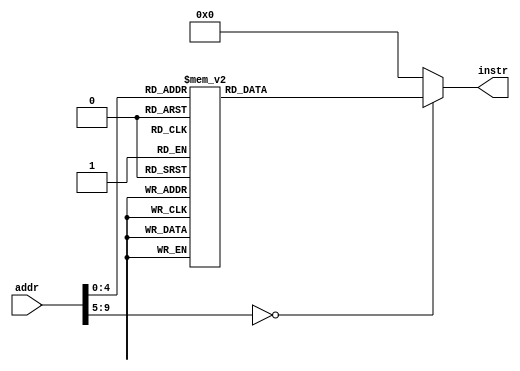
// this file is generated automatically
module Imem (
	input [9:0] addr,
	output reg[31:0] instr
);
	always @(addr) begin
		case (addr)
			10'b0000000000 : instr = 32'h00000413;
			10'b0000000001 : instr = 32'h00000493;
			10'b0000000010 : instr = 32'h00000913;
			10'b0000000011 : instr = 32'h00000993;
			10'b0000000100 : instr = 32'h00046413;
			10'b0000000101 : instr = 32'h0014e493;
			10'b0000000110 : instr = 32'h00296913;
			10'b0000000111 : instr = 32'h0039e993;
			10'b0000001000 : instr = 32'h00842023;
			10'b0000001001 : instr = 32'h00942223;
			10'b0000001010 : instr = 32'h01242423;
			10'b0000001011 : instr = 32'h01342623;
			10'b0000001100 : instr = 32'h00a00893;
			10'b0000001101 : instr = 32'h00000493;
			10'b0000001110 : instr = 32'h00000913;
			10'b0000001111 : instr = 32'h00000993;
			10'b0000010000 : instr = 32'h00000073;
			default: instr = 0;
		endcase
	end
endmodule